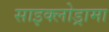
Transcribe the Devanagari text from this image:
साइक्लोड्रामा